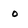
Character: o